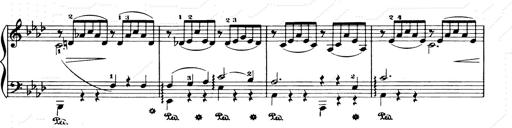
Title: Consolations and LiebestrÃ¤ume for the Piano
Composer: Franz Liszt